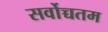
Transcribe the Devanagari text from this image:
सर्वोच्चतम